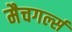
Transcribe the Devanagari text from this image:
मैचगर्ल्स